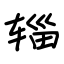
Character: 辎